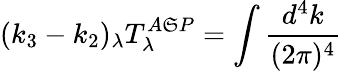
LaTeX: (k_{3}-k_{2})_{\lambda}T_{\lambda}^{A\mathfrak{S}P}=\int\frac{{d^{4}k}}{{(2\pi)^{4}}}